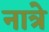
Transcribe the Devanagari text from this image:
नात्रे